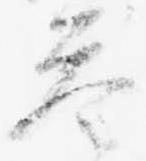
答